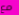
مع